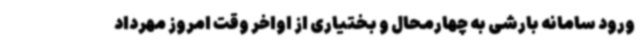
ورود سامانه بارشی به چهارمحال و بختیاری از اواخر وقت امروز مهرداد